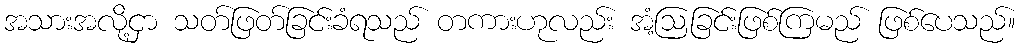
အသားအလို့ငှာ သတ်ဖြတ်ခြင်းခံရသည် တကားဟုလည်း အံ့ဩခြင်းဖြစ်ကြမည် ဖြစ်ပေသည်။